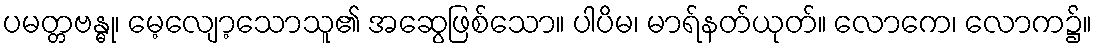
ပမတ္တဗန္ဓု၊ မေ့လျော့သောသူ၏ အဆွေဖြစ်သော။ ပါပိမ၊ မာရ်နတ်ယုတ်။ လောကေ၊ လောက၌။